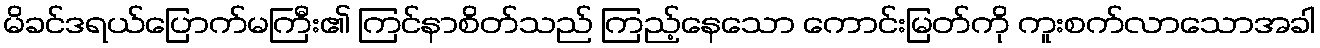
မိခင်ဒရယ်ပြောက်မကြီး၏ ကြင်နာစိတ်သည် ကြည့်နေသော ကောင်းမြတ်ကို ကူးစက်လာသောအခါ